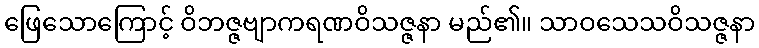
ဖြေသောကြောင့် ဝိဘဇ္ဇဗျာကရဏဝိသဇ္ဇနာ မည်၏။ သာဝသေသဝိသဇ္ဇနာ